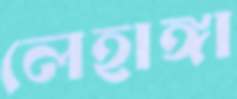
লেহাঙ্গা